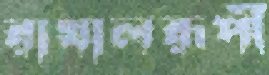
রাখালরূপী